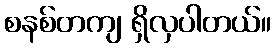
စနစ်တကျ ရှိလှပါတယ်။